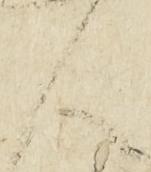
人